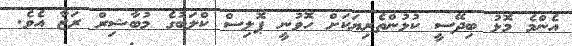
އެންމެ މޮޅު ބިދޭސީ ކުޅުންތެރިޔަކަށް ހޮވުނީ ޕޮލިސް ކްލަބުގެ މުބާޝިރް ރަޒާ އެވެ.